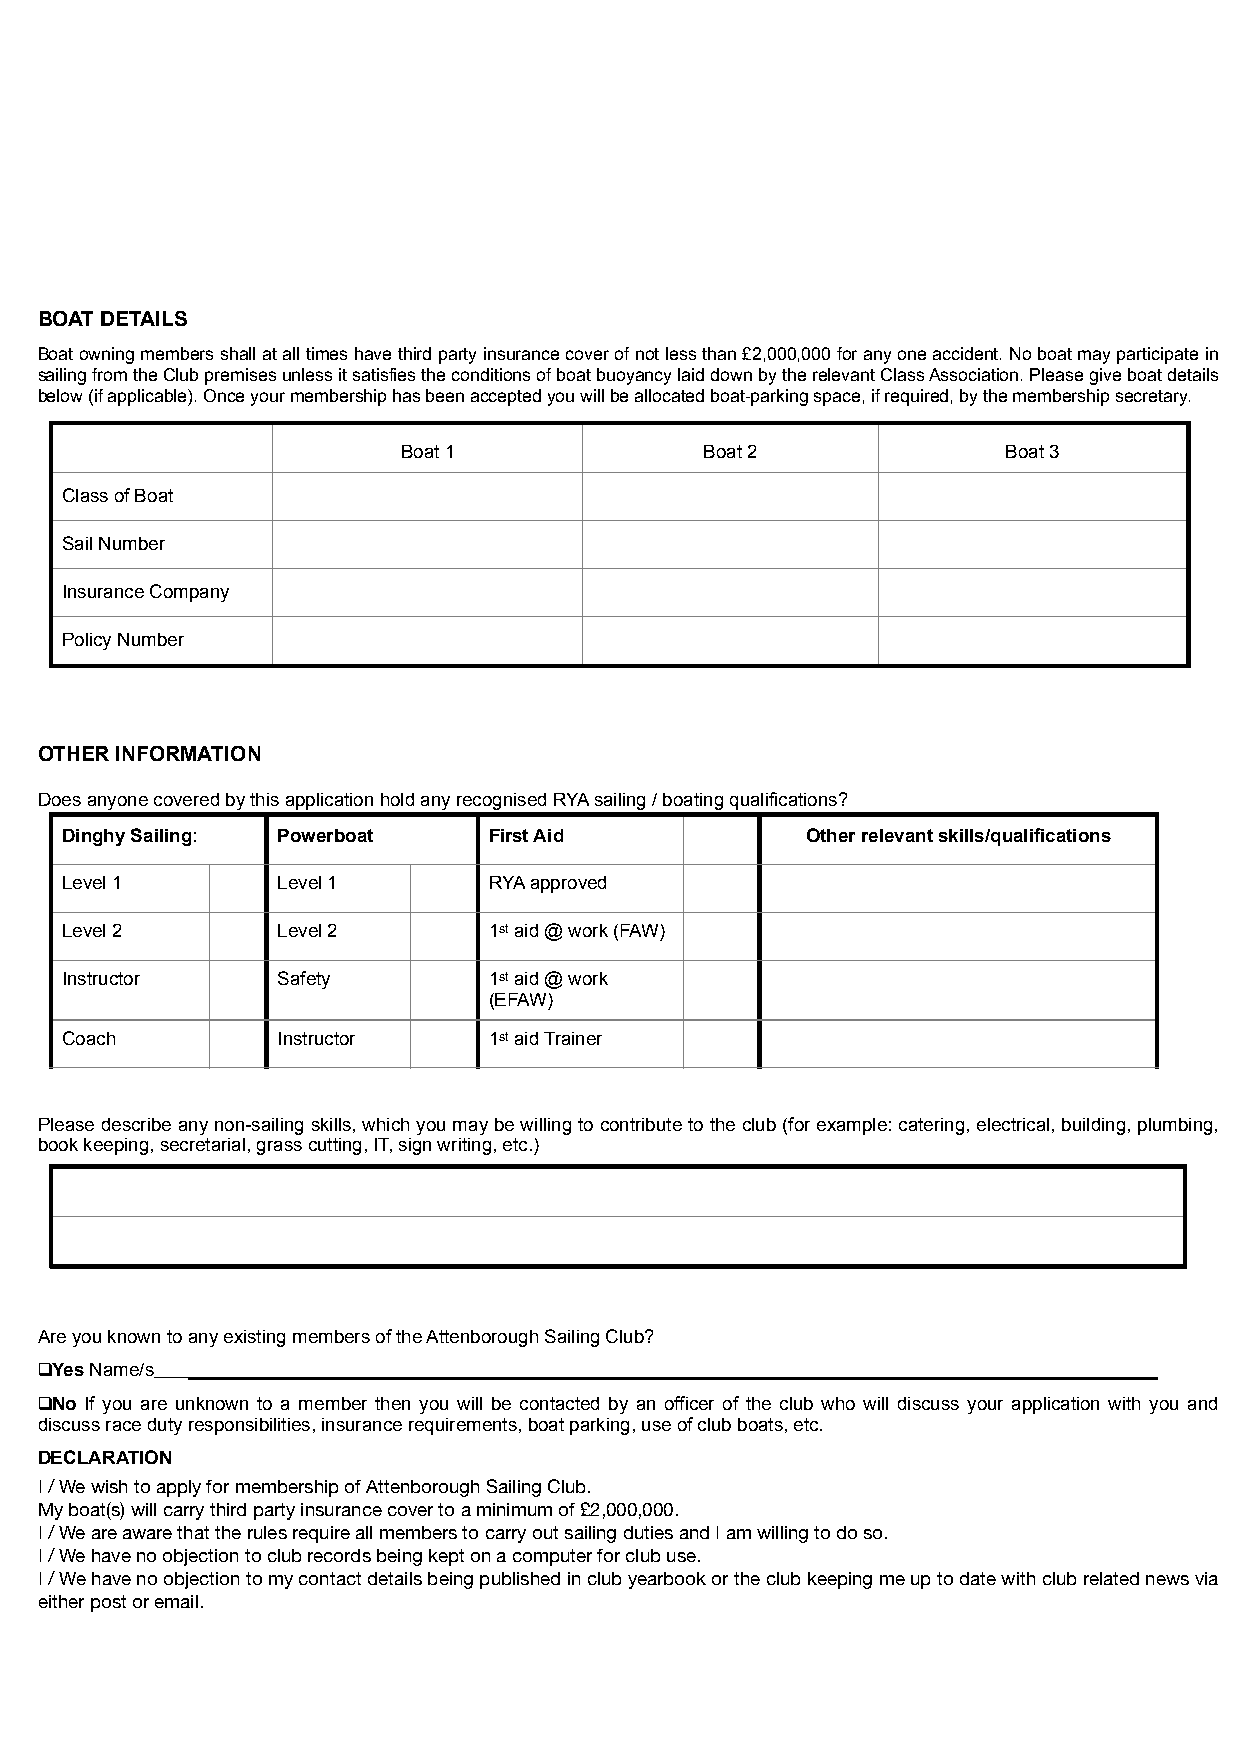
BOAT DETAILS
 Boat owning members shall at all times have third party insurance cover of not less than £2,000,000 for any one accident. No boat may participate in
 sailing from the Club premises unless it satisfies the conditions of boat buoyancy laid down by the relevant Class Association. Please give boat details
 below (if applicable). Once your membership has been accepted you will be allocated boat-parking space, if required, by the membership secretary.
 Boat 1              Boat 2              Boat 3
 Class of Boat
 Sail Number
 Insurance Company
 Policy Number
 OTHER INFORMATION
 Does anyone covered by this application hold any recognised RYA sailing / boating qualifications?
 Dinghy Sailing: Powerboat   First Aid            Other relevant skills/qualifications
 Level 1       Level 1       RYA approved
 Level 2       Level 2       1st aid @ work (FAW)
 Instructor    Safety        1st aid @ work
 (EFAW)
 Coach         Instructor    1st aid Trainer
 Please describe any non-sailing skills, which you may be willing to contribute to the club (for example: catering, electrical, building, plumbing,
 book keeping, secretarial, grass cutting, IT, sign writing, etc.)
 Are you known to any existing members of the Attenborough Sailing Club?
 ❑Yes Name/s _____________________________________________________________________________________________
 ❑No If you are unknown to a member then you will be contacted by an officer of the club who will discuss your application with you and
 discuss race duty responsibilities, insurance requirements, boat parking, use of club boats, etc.
 DECLARATION
 I / We wish to apply for membership of Attenborough Sailing Club.
 My boat(s) will carry third party insurance cover to a minimum of £2,000,000.
 I / We are aware that the rules require all members to carry out sailing duties and I am willing to do so.
 I / We have no objection to club records being kept on a computer for club use.
 I / We have no objection to my contact details being published in club yearbook or the club keeping me up to date with club related news via
 either post or email.